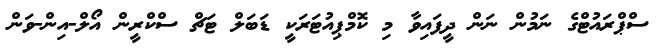
ސްޕްރައުޓްގެ ނަމުން ނަން ދީފައިވާ މި ކޮމްޕިއުޓަރަކީ ޑަބަލް ޓަޗް ސްކްރީން އޯލް-އިން-ވަން